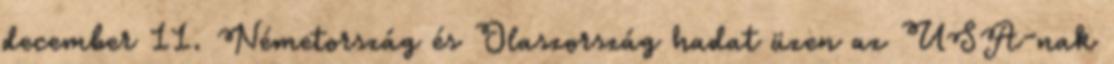
december 11. Németország és Olaszország hadat üzen az USA-nak